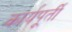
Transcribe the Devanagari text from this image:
कार्यपूर्ती